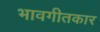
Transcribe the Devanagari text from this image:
भावगीतकार